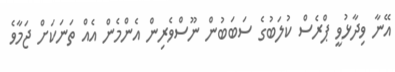
އޭނާ ވިދާޅުވީ ޕްރެސް ކުލަބުގެ ސަބަބުން ނޫސްވެރިން އެންމެން އެއް ތަނަކަށް ޖަމާވެ